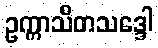
ဥက္ကာသိတသဒ္ဒေါ